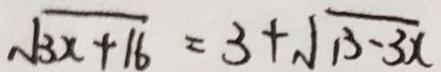
\sqrt { 3 x + 1 6 } = 3 + \sqrt { 1 3 - 3 x }